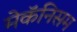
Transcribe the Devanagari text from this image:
मेकॅनिसम